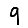
Digit: 9